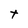
Character: t